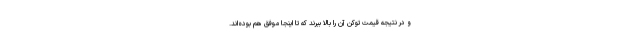
و در نتیجه قیمت توکن آن را بالا ببرند که تا اینجا موفق هم بوده‌اند.